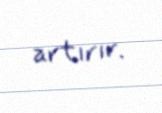
artırır.